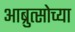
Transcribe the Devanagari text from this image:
आब्रुत्सोच्या